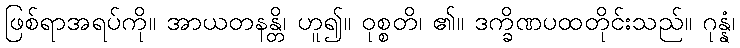
ဖြစ်ရာအရပ်ကို။ အာယတနန္တိ၊ ဟူ၍။ ဝုစ္စတိ၊ ၏။ ဒက္ခိဏပထတိုင်းသည်။ ဂုန္နံ၊